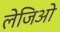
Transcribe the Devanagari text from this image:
लेजिओ